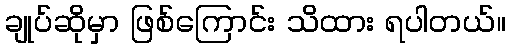
ချုပ်ဆိုမှာ ဖြစ်ကြောင်း သိထား ရပါတယ်။